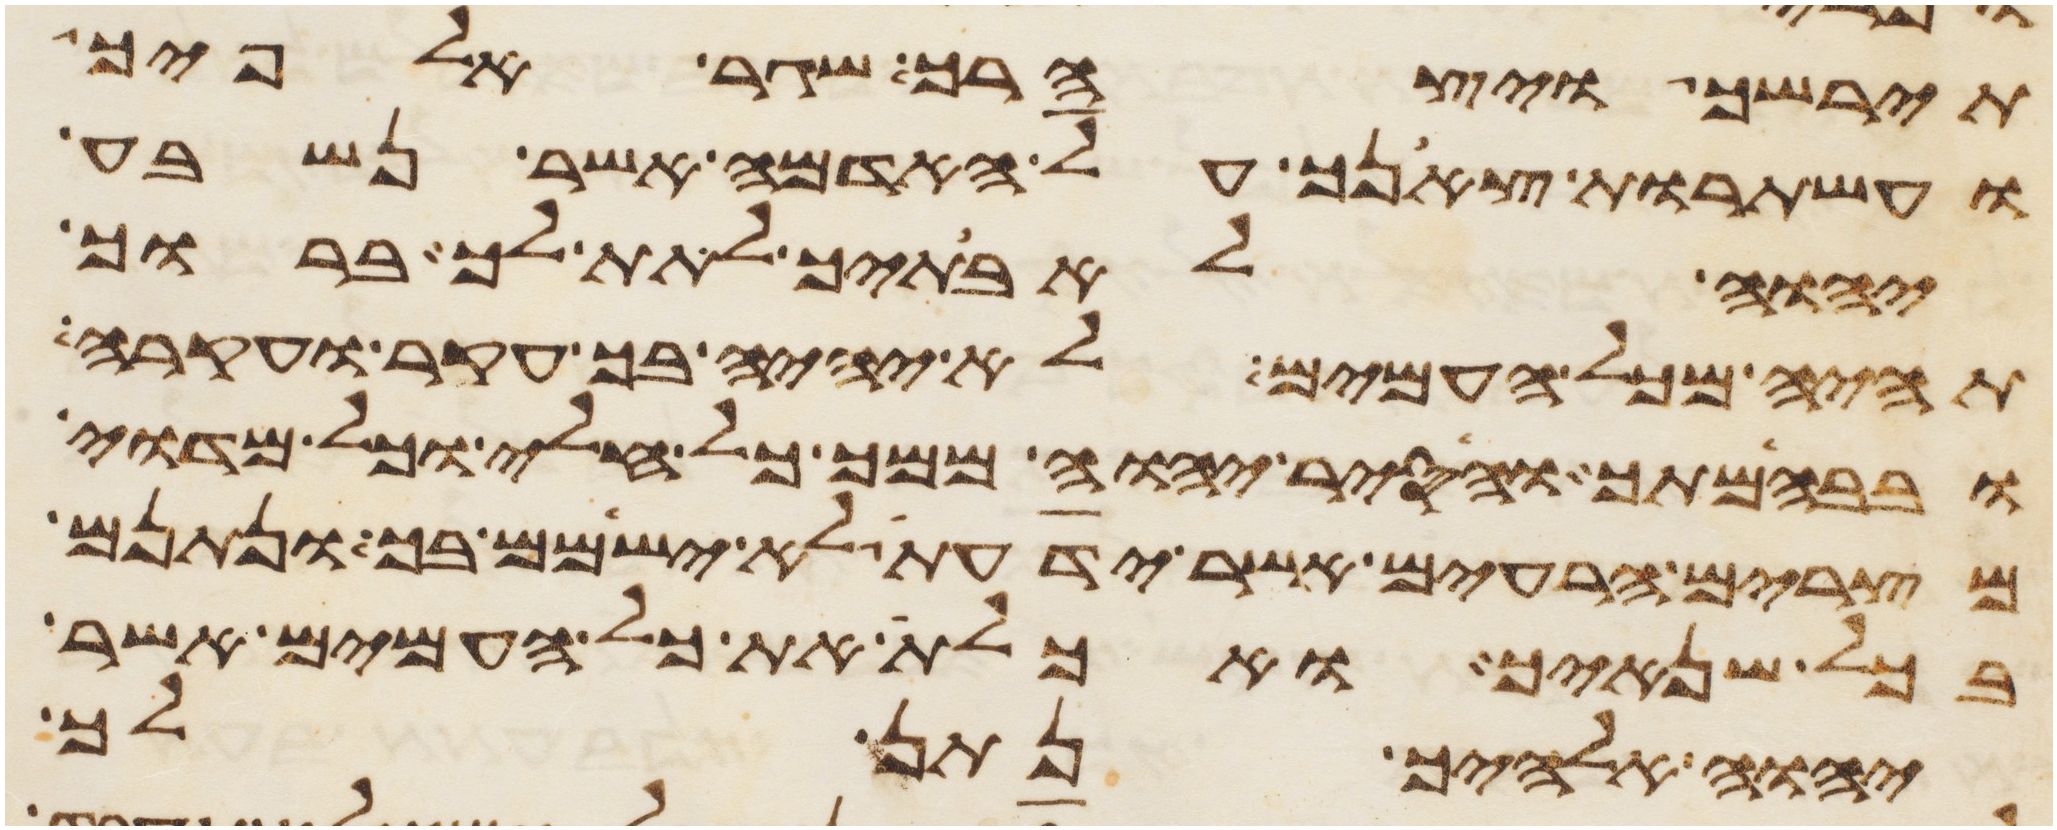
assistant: תירשך ויצהרך שגר אלפיך
ועשתרות צאנך על האדמה אשר נשבע
יהוה לאבתיך לתת לך ברוך
תהיה מכל העמים לא יהיה בך עקר ועקרה
ובבהמתך והסיר יהוה ממך כל חלי וכל מדוי
מצרים הרעים אשר ידעת לא ישימם בך ונתנם
בכל שנאיך ואכלת את כל העמים אשר
יהוה אלהיך נתן לך